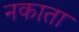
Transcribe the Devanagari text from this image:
नकाता